Vaccine operations Central Provinces & Berar 1912-1920 - 1912-1920
Year: 1912
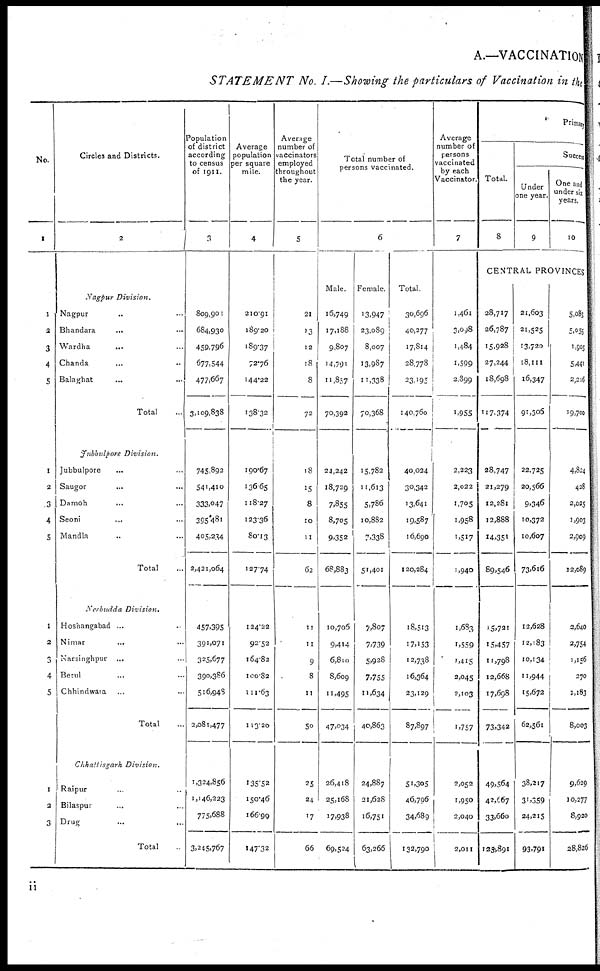
A.—VACCINATION
STATEMENT
No. I.—Showing the particulars of Vaccination in the
No.
1
1
3
3
4
5
1
2
3
4
5
1
2
3
4
5
1
2
3
Circles and Districts.
2
Nagpur
Division.
Nagpur ... ...
Bhandara
... ...
Wardha
... ...
Chanda
... ...
Balaghat
...
...
Total ...
Jubbulpore
Division.
Jubbulpore ... ...
Saugor ... ...
Damoh ... ...
Seoni ... ...
Mandla ... ...
Total ...
Nerbudda
Division.
Hoshangabad ... ...
Nimar ... ...
Narsinghpur ... ...
Betul ... ...
Chhindwara ... ...
Total ...
Chhattisgarh
Division.
Raipur ... ...
Bilaspur ... ...
Drug ... ...
Total ...
Population
of district
according
to census
of 1911.
3
809,901
684,930
459,796
677,544
477,667
3,109,838
745,893
541,410
333,047
395,481
405,234
2,421,064
457,395
391,071
325,677
390,386
516,948
2,081,477
1,324,856
1,146,223
773,688
3,245,767
Average
population
per square
mile.
4
210.91
189.20
189.37
72.76
144.22
138.32
190.67
136.65
118.27
123.36
80.13
127.74
124.22
92.52
164.82
100.82
111.63
113 20
135.52
150.46
166.99
147.32
Average
number of
vaccinators
employed
throughout
the year.
5
21
13
12
18
8
72
18
15
8
10
11
62
11
11
9
8
11
50
25
24
17
66
Total number of
persons vaccinated.
6
Male.
16,749
17,188
9,807
14,791
11,857
70,392
24,242
18,729
7,855
8,705
9,352
68,883
10,705
9,414
6,810
8,609
11,495
47,034
26,418
25,168
17,938
69,524
Female
13,947
23,089
8,007
13,987
11,338
70,368
15,782
11,613
5,786
10,882
7,338
51,401
7,807
7,739
5,928
7,755
11,634
40,863
24,887
21,628
16,751
63,266
Total
30,696
40,277
17,814
28,778
23,195
140,760
40,024
30,342
13,641
19,587
16,690
120,284
18,513
17,153
12,738
16,364
23,129
87,897
51,305
46,796
34,689
132,790
Average
number of
persons
vaccinated
by each
Vaccinator.
7
1,461
3,098
1,484
1,599
2,899
1,955
2,223
2,022
1,705
1,958
1,517
1,940
1,683
1,559
1,415
2,045
2,103
1,757
2,052
1,950
2,040
2,011
Primary
Total.
8
Success
Under
one year.
9
One and
under six
years.
10
CENTRAL PROVINCES
28,717
26,787
15,928
27,244
18,698
117,374
28,747
21,279
12,281
12,888
14,351
89,546
15,721
15,457
11,798
12,668
17,698
73,342
49,564
42,667
33,660
125,891
21,603
21,525
13,720
18,111
16,347
91,305
22,725
20,566
9,346
10,372
10,607
73,616
12,628
12,183
10,134
11,944
15,672
62,561
38,217
31,359
24,215
93.791
5,083
5,055
1,905
5,441
2,216
19,700
4,824
428
2,025
1,903
2,909
12,089
2,640
2,754
1,156
270
1,183
8,003
9,629
10,277
8,920
28,826
ii